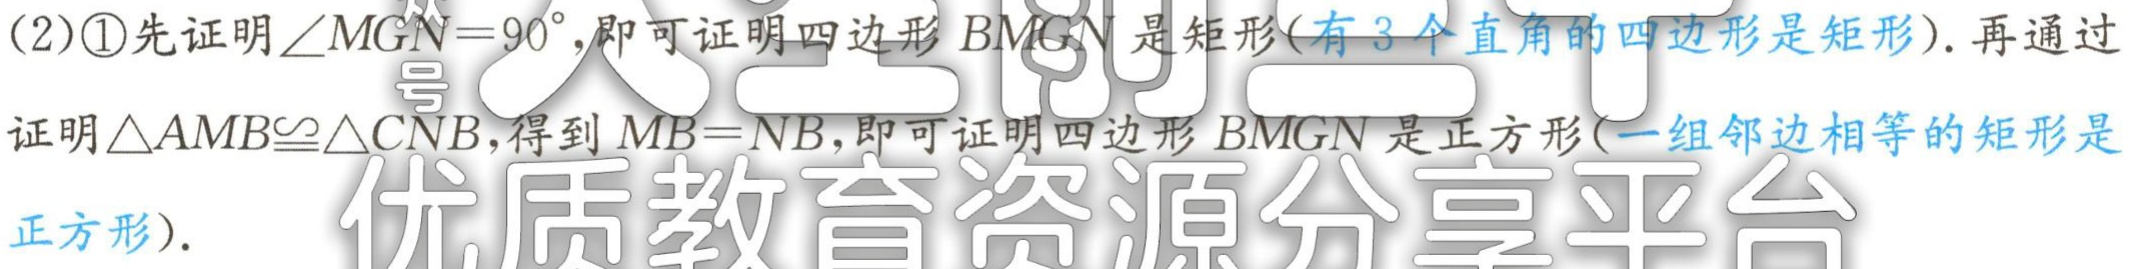
(2)\textcircled{1}先证明$\angle MGN = 90^{\circ}$,即可证明四边形$BMGN$是矩形(有$3$个直角的四边形是矩形). 再通过
证明$\triangle AMB\cong\triangle CNB$,得到$MB = NB$,即可证明四边形$BMGN$是正方形(一组邻边相等的矩形是
正方形).